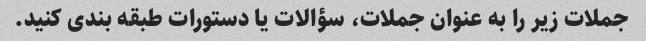
جملات زیر را به عنوان جملات، سؤالات یا دستورات طبقه بندی کنید.